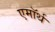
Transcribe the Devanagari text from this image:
एमॉर्थ